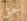
حق